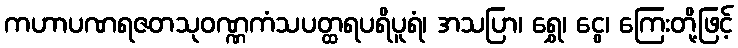
ကဟာပဏရဇတသုဝဏ္ဏကံသပတ္ထရပရိပူရံ၊ အသပြာ၊ ရွှေ၊ ငွေ၊ ကြေးတို့ဖြင့်